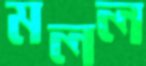
মলল